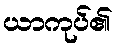
ယာကုပ်၏